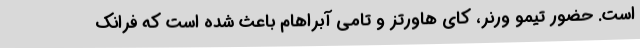
است. حضور تیمو ورنر، کای هاورتز و تامی آبراهام باعث شده است که فرانک